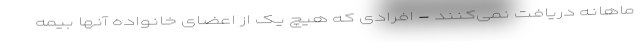
ماهانه دریافت نمی‌کنند - افرادی که هیچ یک از اعضای خانواده آنها بیمه